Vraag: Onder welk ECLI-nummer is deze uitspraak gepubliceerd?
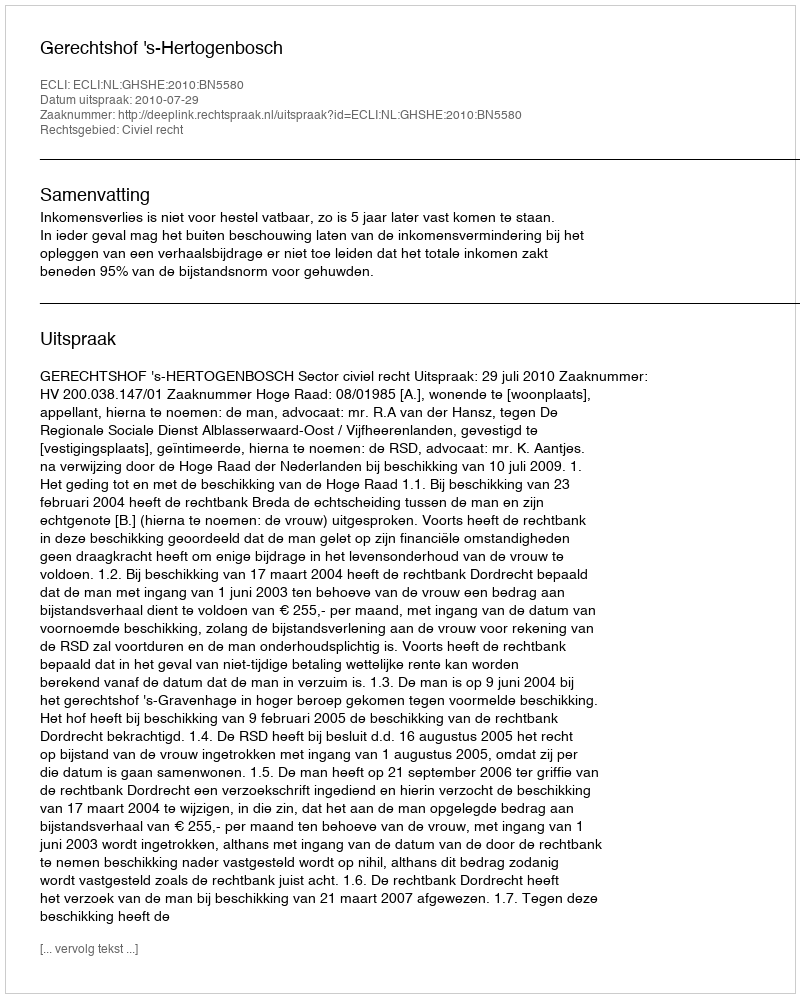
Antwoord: ECLI:NL:GHSHE:2010:BN5580